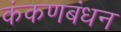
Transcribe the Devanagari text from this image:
कंकणबंधन